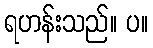
ရဟန်းသည်။ ပ။